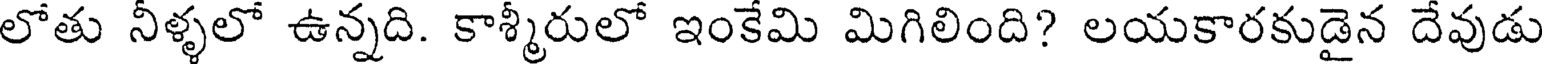
లోతు నీళ్ళలో ఉన్నది. కాశ్మీరులో ఇంకేమి మిగిలింది? లయకారకుడైన దేవుడు